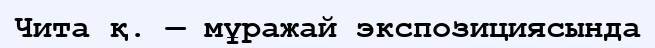
Чита қ. — мұражай экспозициясында